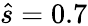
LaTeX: \hat{s}=0.7